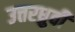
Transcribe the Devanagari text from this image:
उत्तरध्रुवी